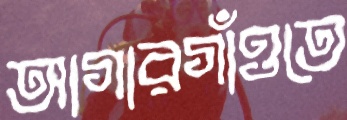
আগারগাঁওতে